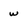
Character: w